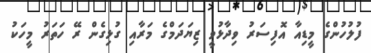
ފުލުހުންގެ މީޑިއާ އޮފިސަރު ވިދާޅުވީ ޒިޔަދަމްގެ މަރާއި ގުޅިގެން ރޭ ހަތަރު މީހަކު